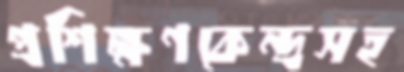
প্রশিক্ষণকেন্দ্রসহ